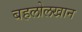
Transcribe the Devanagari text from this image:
बहलोलखान